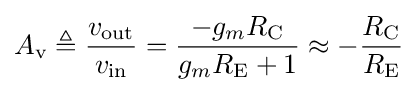
A_{\text{v}}\triangleq {\frac {v_{\text{out}}}{v_{\text{in}}}}={\frac {-g_{m}R_{\text{C}}}{g_{m}R_{\text{E}}+1}}\approx -{\frac {R_{\text{C}}}{R_{\text{E}}}}